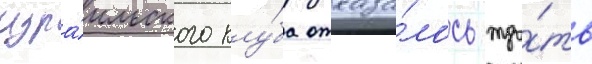
изра́ильского клу́ба отказа́лось жда́ть